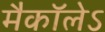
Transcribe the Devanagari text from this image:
मैकाॅलेऽ